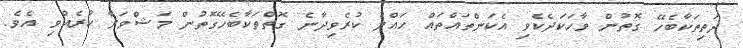
ދަތިތަކާބެހޭ ގޮތުން ވާހަކަދެކެވި އެކަންތައްތައް ހައްލު ކުރެވިދާނެ ގޮތްތަކާބެހޭގޮތުން މަޝްވަރާ ކުރެއްވި އެވެ.